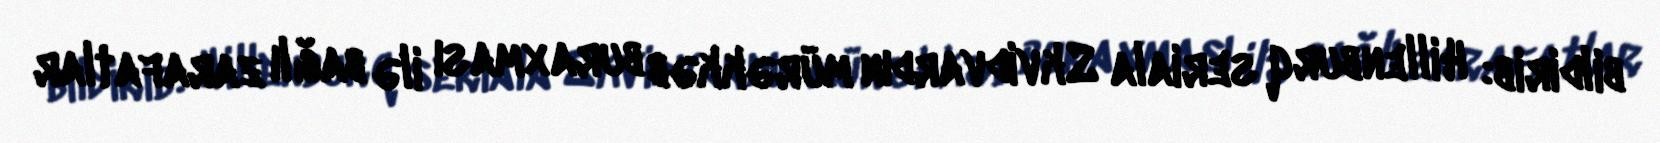
bildirib: Hillenburq seriala Skvidvardın mürəkkəb buraxması ilə bağlı zarafatlar